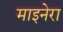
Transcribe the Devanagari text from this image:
माइनेरा